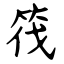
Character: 筏